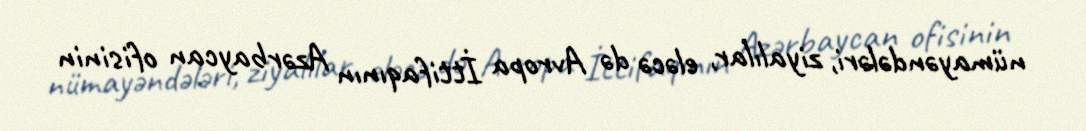
nümayəndələri, ziyalılar, eləcə də Avropa İttifaqının Azərbaycan ofisinin